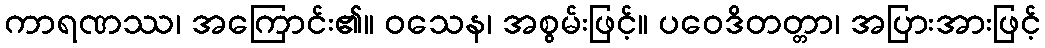
ကာရဏဿ၊ အကြောင်း၏။ ဝသေန၊ အစွမ်းဖြင့်။ ပဝေဒိတတ္တာ၊ အပြားအားဖြင့်